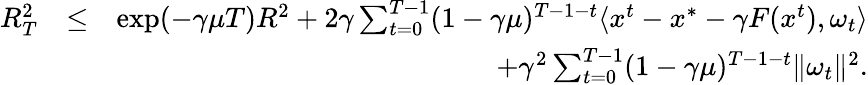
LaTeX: \begin{array}{rlr}{R_{T}^{2}}&{\leq}&{\exp(-\gamma\mu T)R^{2}+2\gamma\sum_{t=0}^{T-1}(1-\gamma\mu)^{T-1-t}\langle x^{t}-x^{*}-\gamma F(x^{t}),\omega_{t}\rangle}\\ &{}&{\quad+\gamma^{2}\sum_{t=0}^{T-1}(1-\gamma\mu)^{T-1-t}\| \omega_{t}\| ^{2}.}\end{array}